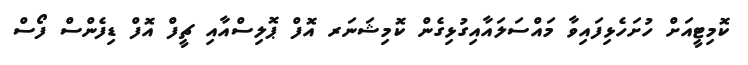
ކޮމިޓީއަށް ހުށަހެޅިފައިވާ މައްސަލައާއިގުޅިގެން ކޮމިޝަނަރ އޮފް ޕޮލިސްއާއި ޗީފް އޮފް ޑިފެންސް ފޯސް